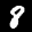
Label: 8